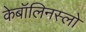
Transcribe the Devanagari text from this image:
केबॉलिनस्लो